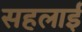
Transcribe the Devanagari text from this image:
सहलाई